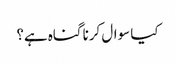
کیا سوال کرنا گناہ ہے؟